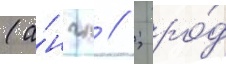
(а́нгл // ; ро́д